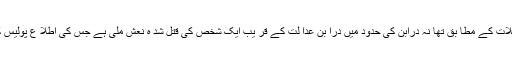
03 جون2018ء) درا بن عدالت کے قر یب نامعلوم شخص کی نعش برآمد ،تفصیلات کے مطا بق تھا نہ درابن کی حدود میں درا بن عدا لت کے قر یب ایک شخص کی قتل شد ہ نعش ملی ہے جس کی اطلا ع پولیس کو دی گئی پولیس نے نعش قبضے میں لے کر اس کی تفتیش شروع کر دی ہے ۔